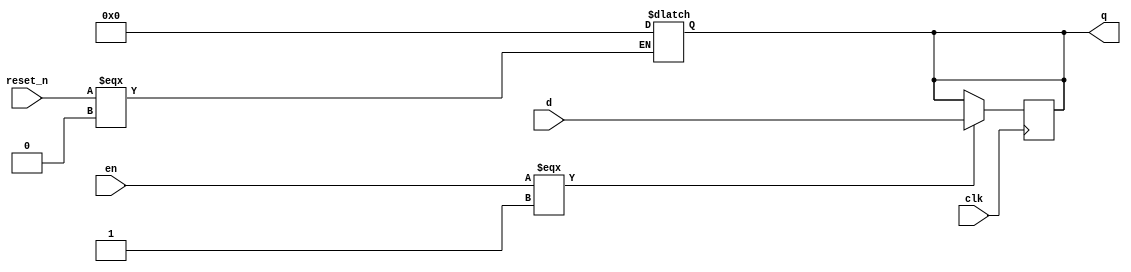
module register129_res_n_en(clk, reset_n, en, d, q);
    input clk, reset_n, en;
    input [128:0] d;

    output reg[128:0] q;

    always @(posedge clk) 
    begin
        if (en === 1'b1)
            q <= d;
        else
            q <= q;
    end

    always @(*) 
    begin
        if (reset_n === 1'b0)
            q <= 129'b0;
        else 
            q <= q;
    end 
endmodule